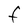
Character: F